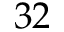
3 2